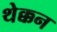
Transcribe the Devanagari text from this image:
थेक्कन